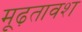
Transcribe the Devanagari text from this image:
मूढ़तावश